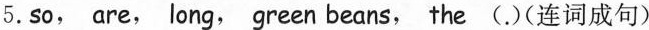
5.so, are, long, green beans, the (.)(连词成句)